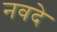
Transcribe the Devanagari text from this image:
नवदे